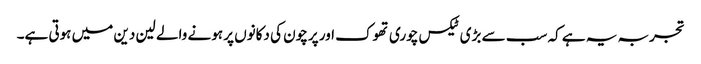
تجربہ یہ ہے کہ سب سے بڑی ٹیکس چوری تھوک اور پرچون کی دکانوں پر ہونے والے لین دین میں ہوتی ہے۔